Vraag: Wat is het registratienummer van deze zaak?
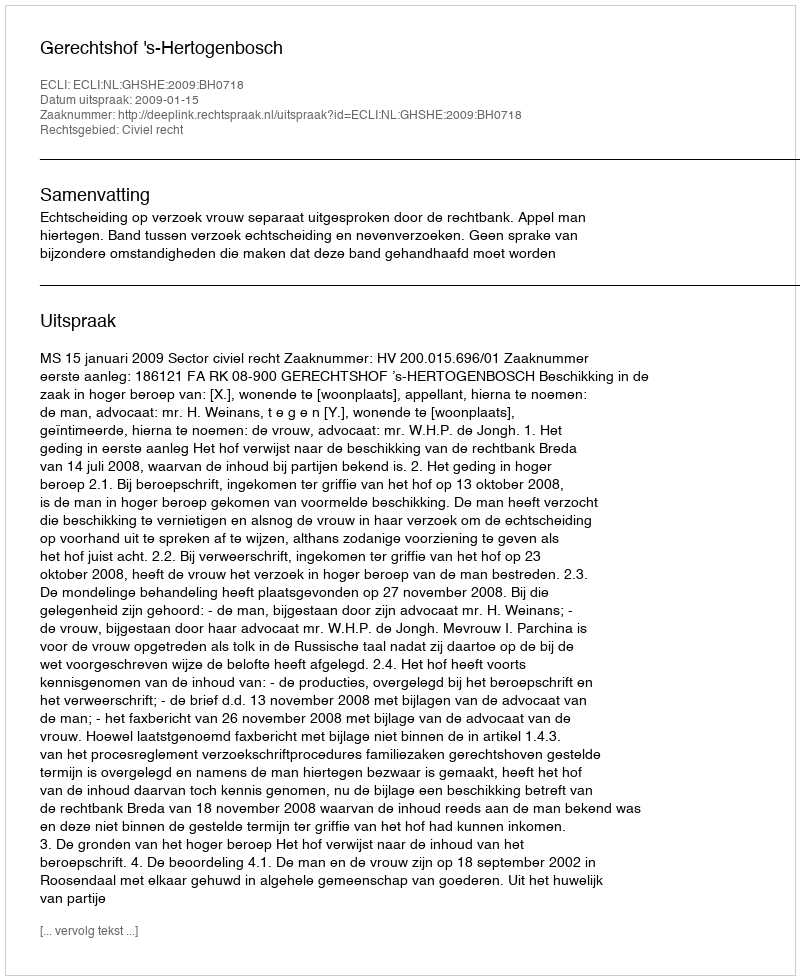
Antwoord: http://deeplink.rechtspraak.nl/uitspraak?id=ECLI:NL:GHSHE:2009:BH0718